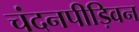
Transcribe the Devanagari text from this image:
चंदनपीड़िवन